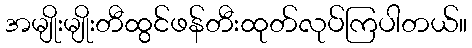
အမျိုးမျိုးတီထွင်ဖန်တီးထုတ်လုပ်ကြပါတယ်။